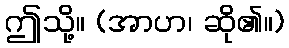
ဤသို့။ (အာဟ၊ ဆို၏။)